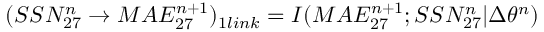
\large ( S S N _ { 2 7 } ^ { n } \rightarrow M A E _ { 2 7 } ^ { n + 1 } \large ) _ { 1 l i n k } = I ( M A E _ { 2 7 } ^ { n + 1 } ; S S N _ { 2 7 } ^ { n } | \Delta \theta ^ { n } )